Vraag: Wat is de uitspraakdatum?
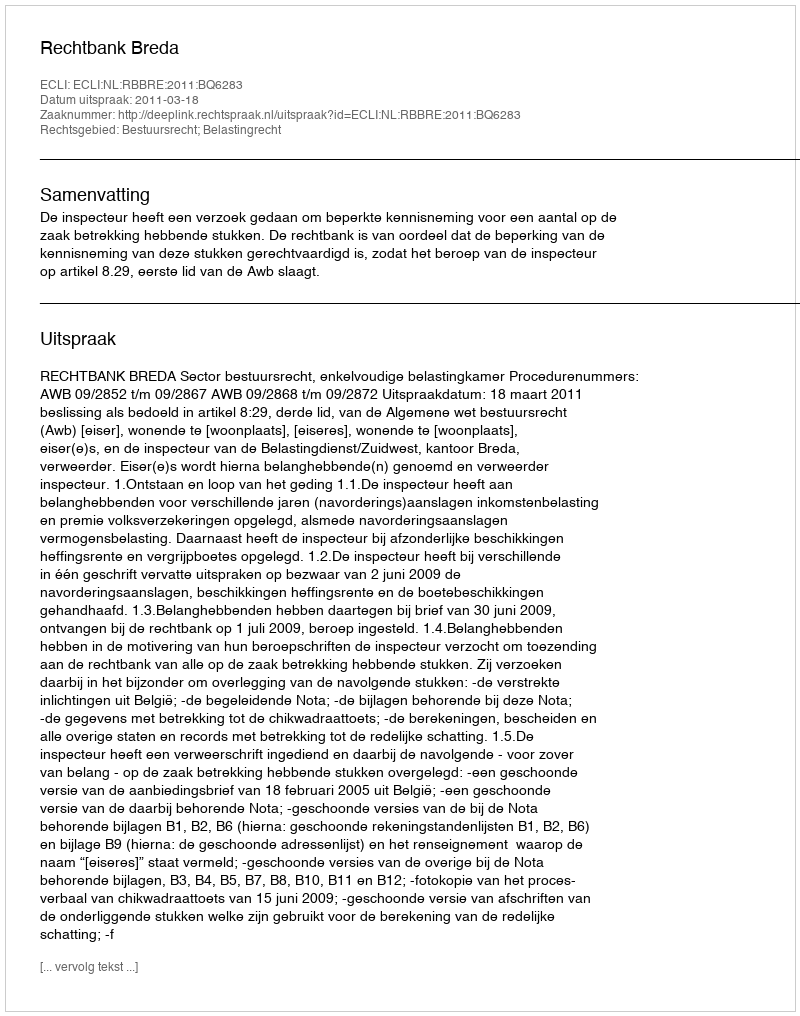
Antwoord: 2011-03-18